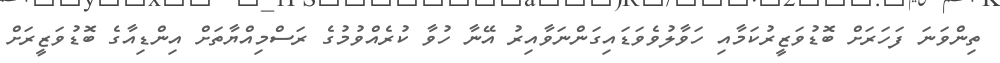
ތިންވަނަ ފަހަރަށް ބޮޑުވަޒީރުކަމާއި ހަވާލުވެވަޑައިގަންނަވާއިރު އޭނާ ހުވާ ކުރެއްވުމުގެ ރަސްމިއްޔާތަށް އިންޑިއާގެ ބޮޑުވަޒީރަށް